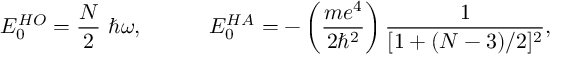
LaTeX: E _ { 0 } ^ { H O } = \frac { N } { 2 } ~ \hbar \omega , ~ ~ ~ ~ ~ ~ ~ ~ ~ E _ { 0 } ^ { H A } = - \left( \frac { m e ^ { 4 } } { 2 \hbar ^ { 2 } } \right) \frac { 1 } { [ 1 + ( N - 3 ) / 2 ] ^ { 2 } } ,